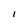
Character: I